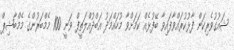
ޝައުގުވެރިކަން ފާޅުކުރައްވާފައިވާ ބޭފުޅެއް ކަމަށްވާ މުހައްމަދު އަބްދުއްލަތީފް ވަނީ 100 މެމްބަރުންގެ މެމްބާޝިޕް